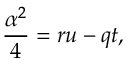
\frac { \alpha ^ { 2 } } { 4 } = r u - q t ,